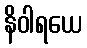
နိဝါရယေ